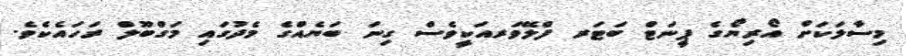
މިސާލަކަށް އޯރިޔޯގެ ޕީނަޓް ބަޓަރ ފްލޭވަރއަކީވެސް ގިނަ ބަޔެއްގެ މެދުގައި މަގްބޫލް ރަހައެކެވެ.